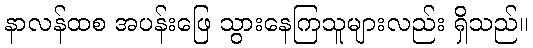
နာလန်ထစ အပန်းဖြေ သွားနေကြသူများလည်း ရှိသည်။